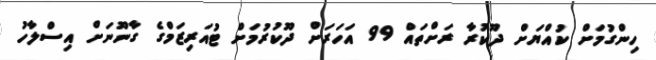
ހިންގުމަށް ކުއްޔަށް ދޫކުރާ ރަށްތައް 99 އަހަރަށް ދޫކުރުމަށް ޓުއަރިޒަމްގެ ގާނޫނަށް އިސްލާހު